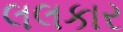
લલકાર